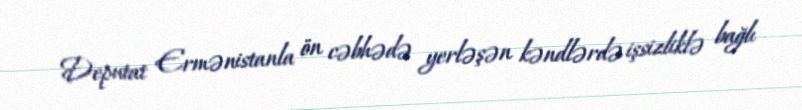
Deputat Ermənistanla ön cəbhədə yerləşən kəndlərdə işsizliklə bağlı